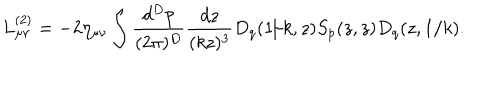
L _ { \mu \nu } ^ { ( 2 ) } = - 2 \eta _ { \mu \nu } \int { \frac { d ^ { D } p } { ( 2 \pi ) ^ { D } } } { \frac { d z } { ( k z ) ^ { 3 } } } D _ { q } ( 1 / k , z ) S _ { p } ( z , z ) D _ { q } ( z , 1 / k ) .